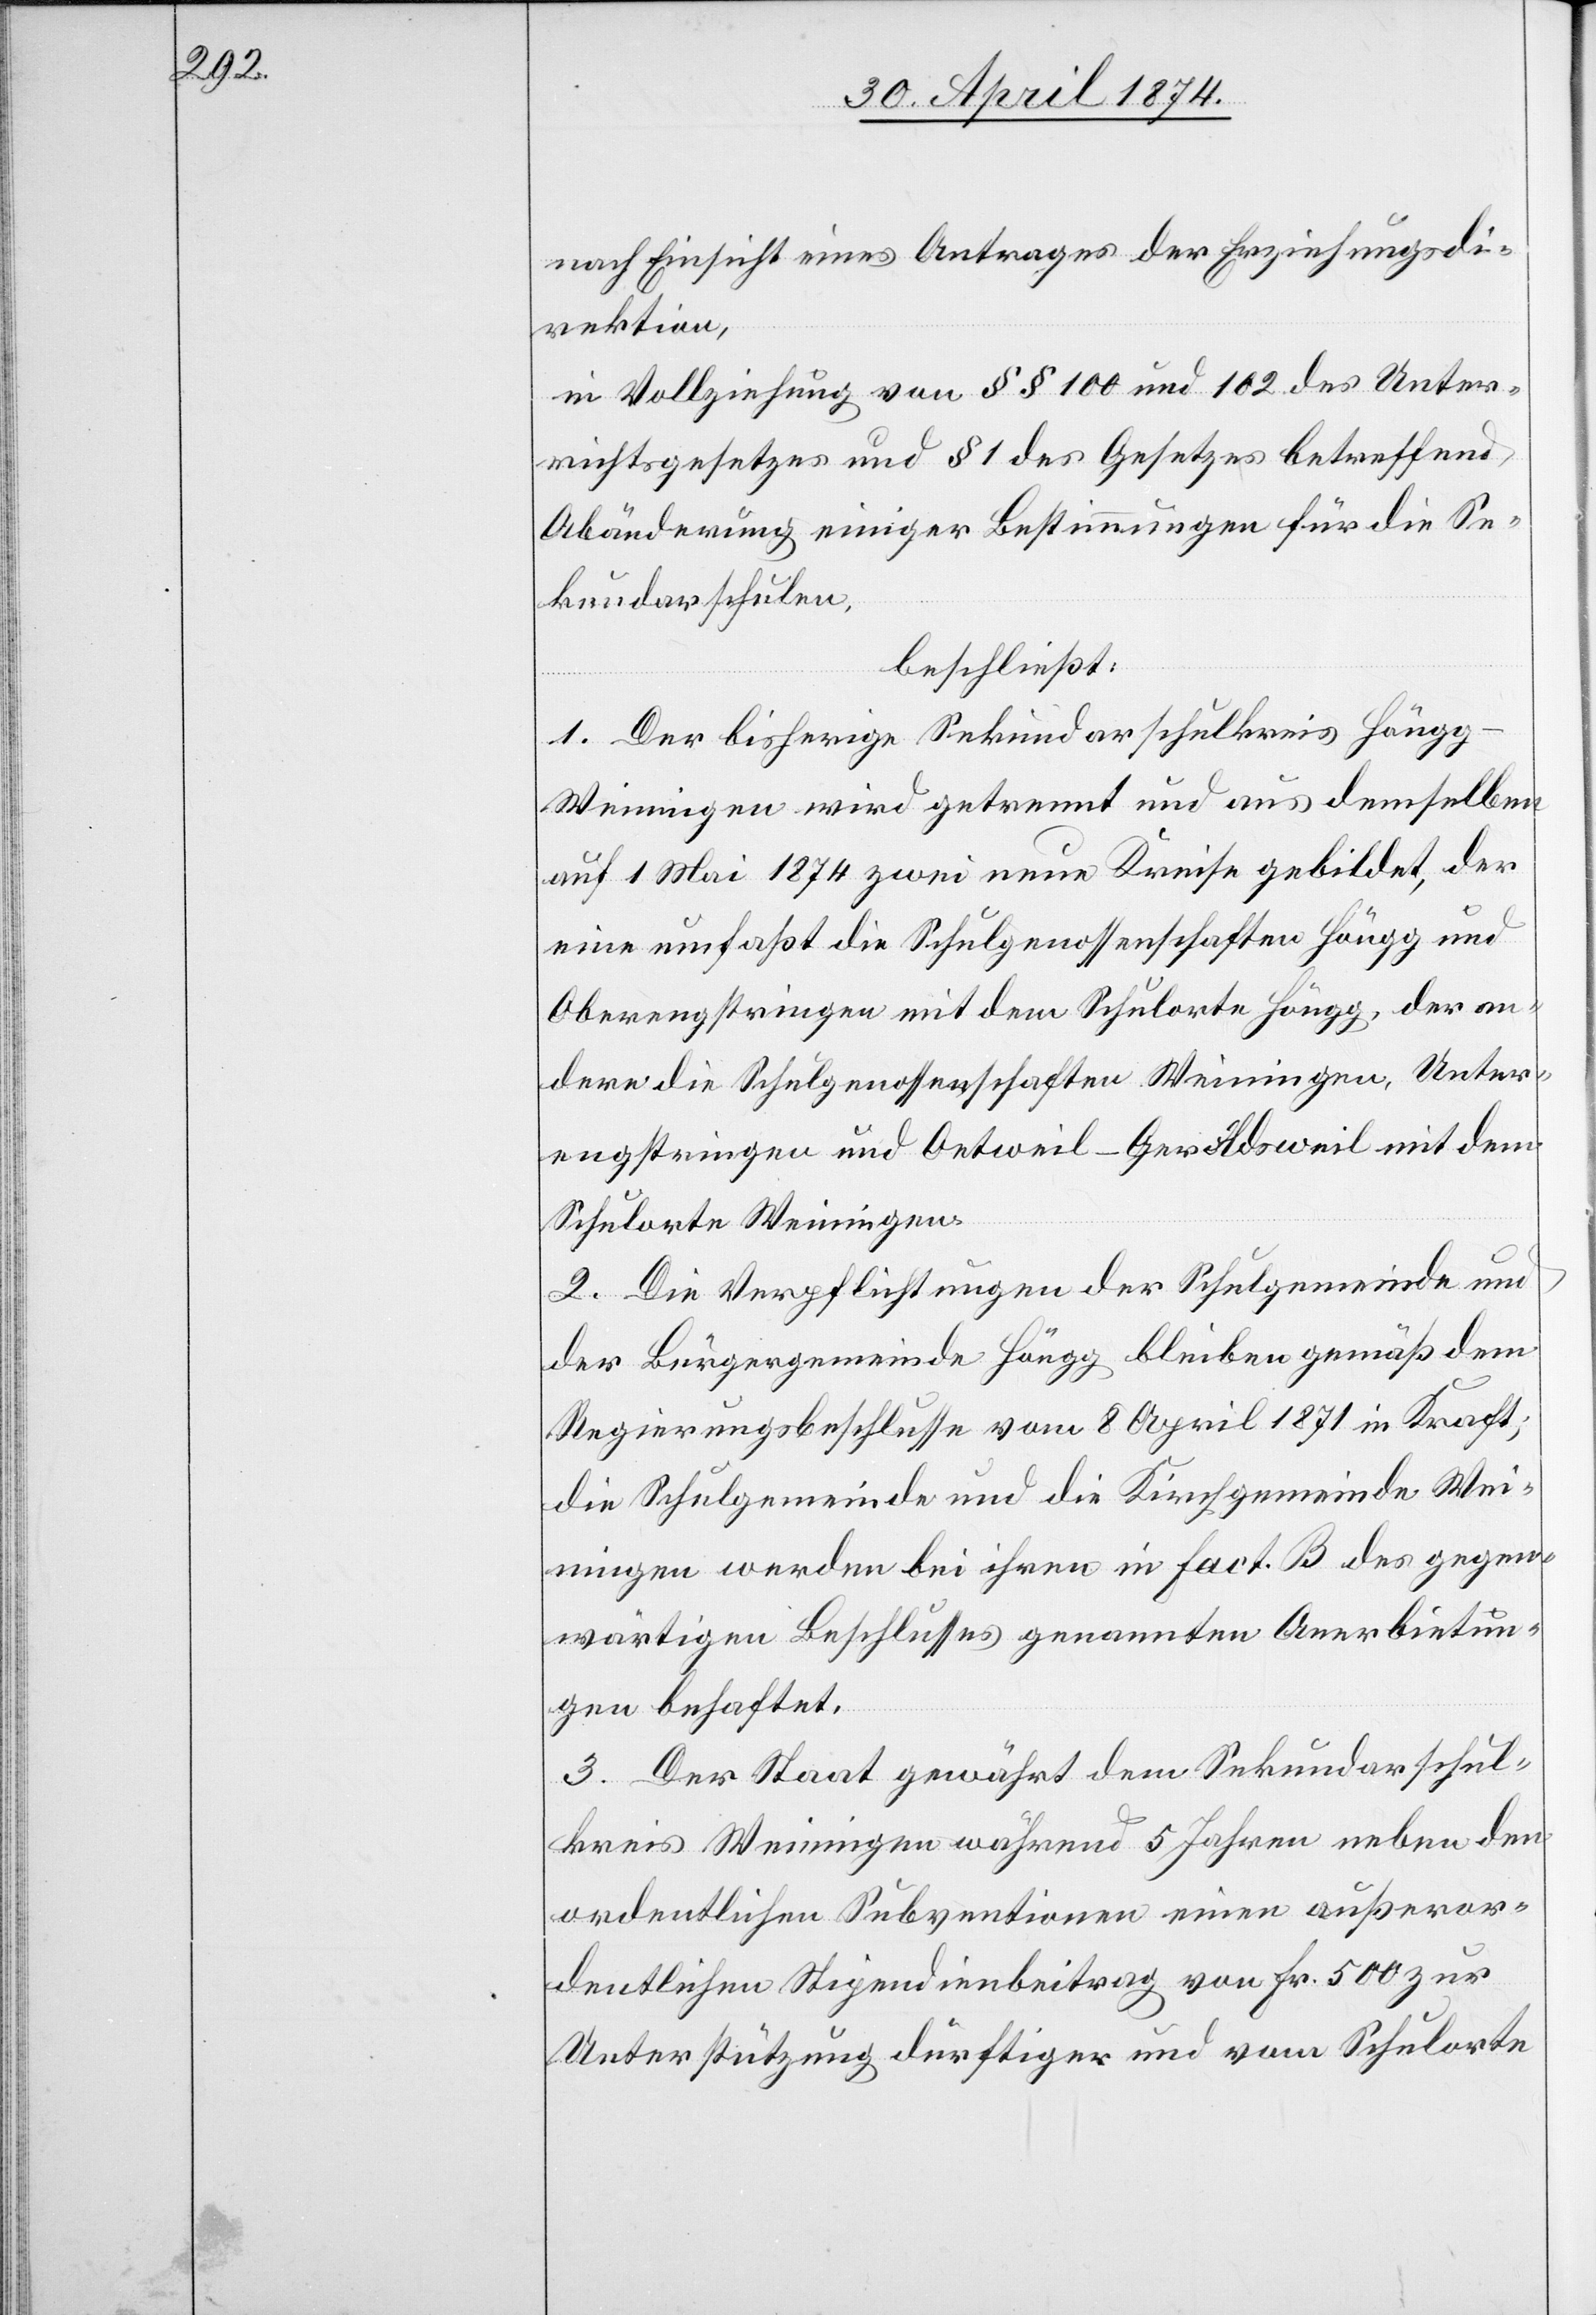
nach Einsicht eines Antrages der Erziehungsdi¬
rektion,
in Vollziehung von §§ 100 und 102 des Unter¬
richtsgesetzes und § 1 des Gesetzes betreffend
Abänderung einiger Bestimmungen für die Se¬
kundaschulen,
beschließt:
1. Der bisherige Sekundarschulkreis Höng¬
g-Weiningen wird getrennt und aus demselben
auf 1. Mai 1874 zwei neue Kreise gebildet, der
eine umfaßt die Schulgenossenschaften Höngg und
Oberengstringen mit dem Schulorte Höngg, der an¬
dere die Schulgenossenschaften Weiningen, Unter¬
engstringen und Oetsweil-Geroldsweil mit dem
Schulorte Weiningen.
2. Die Verpflichtungen der Schulgemeinde und
der Bürgergemeinde Höngg bleiben gemäß dem
die Schulgemeinde und die Kirchgemeinde Wei¬
ningen werden bei ihren in fact. B. des gegen¬
wärtigen Beschlusses genannten Anerbietun¬
gen behaftet.
3. Der Staat gewährt dem Sekundarschul¬
kreis Weiningen während 5 Jahren neben den
ordentlichen Subventionen einen außeror¬
dentlichen Stipendienbeitrag von Fr. 500 zur
Unterstützung Dürftiger und vom Schulorte